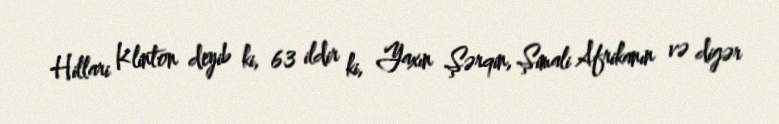
Hillari Klinton deyib ki, 63 ildir ki, Yaxın Şərqin, Şimali Afrikanın və digər